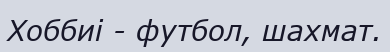
Хоббиі - футбол, шахмат.